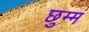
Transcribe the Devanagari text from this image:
छुम्मं